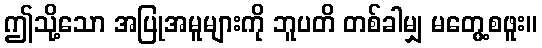
ဤသို့သော အပြုအမူများကို ဘူပတိ တစ်ခါမျှ မတွေ့စဖူး။